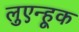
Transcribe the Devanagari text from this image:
लुएन्हूक